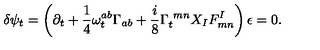
\delta \psi _ { t } = \left( \partial _ { t } + { \frac { 1 } { 4 } } \omega _ { t } ^ { a b } \Gamma _ { a b } + { \frac { i } { 8 } } \Gamma _ { t } ^ { \ m n } X _ { I } F _ { m n } ^ { I } \right) \epsilon = 0 .